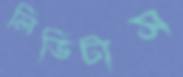
লিভিটাস